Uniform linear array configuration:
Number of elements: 16
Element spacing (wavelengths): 0.5
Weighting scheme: hamming
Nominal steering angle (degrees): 60
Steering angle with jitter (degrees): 58.126
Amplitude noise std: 0.05
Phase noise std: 0.05

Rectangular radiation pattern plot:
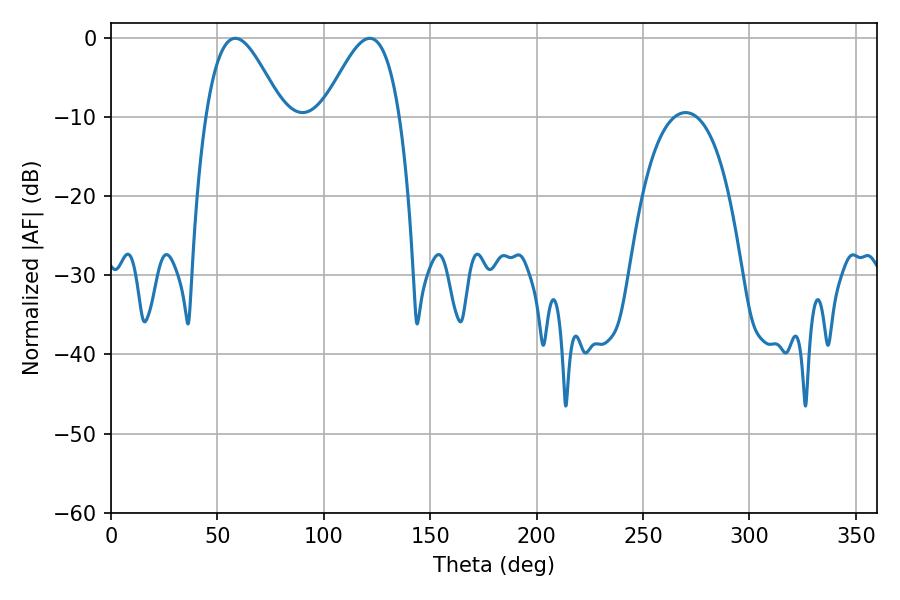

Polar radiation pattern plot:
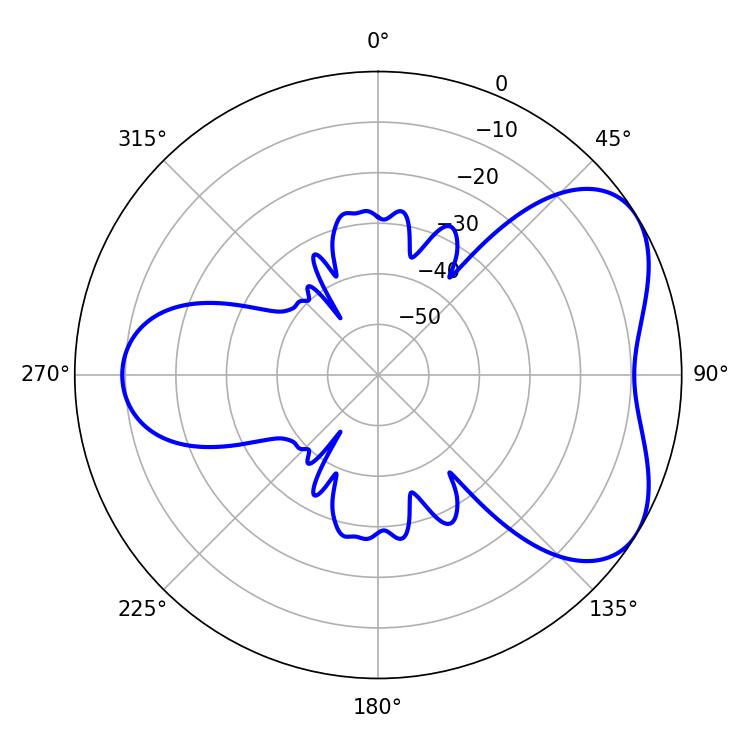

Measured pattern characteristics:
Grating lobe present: FALSE
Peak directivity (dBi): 5.079
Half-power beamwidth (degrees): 19.26
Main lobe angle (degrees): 121.5